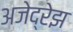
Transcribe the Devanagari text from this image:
अजेद्रेझ